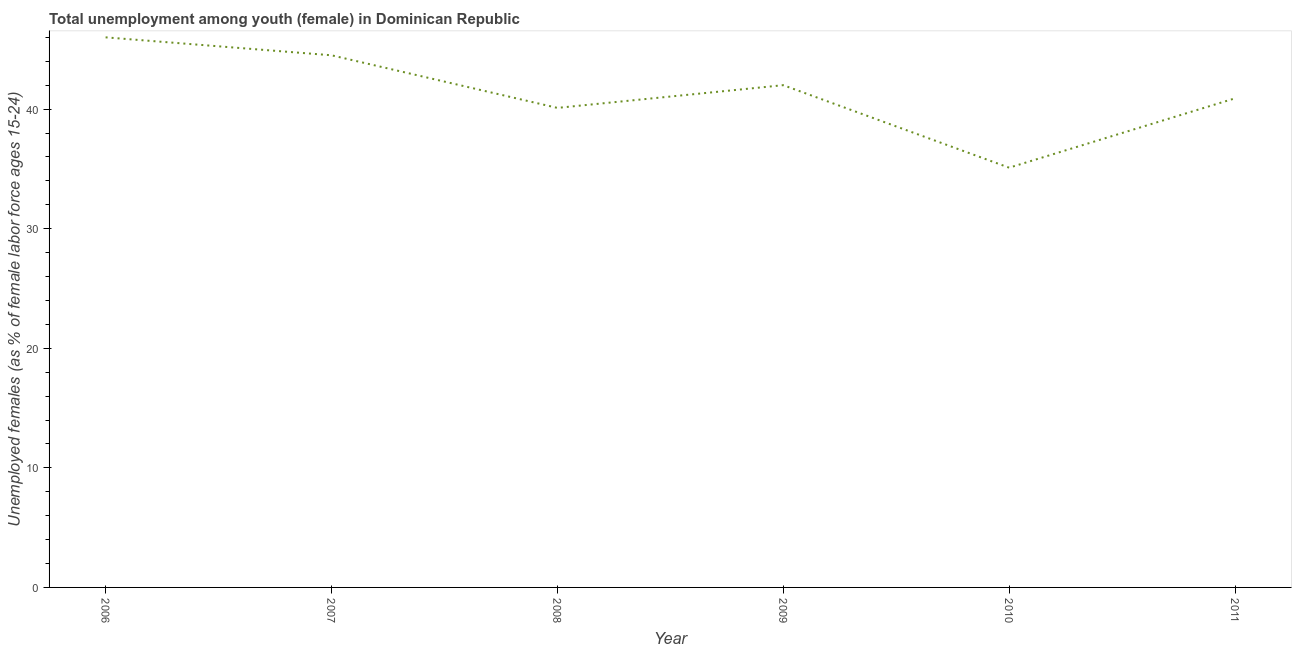
| Year | Unemployment |
 | --- | --- |
 | 2006 | 46 |
 | 2007 | 44.5 |
 | 2008 | 40.1 |
 | 2009 | 42 |
 | 2010 | 35.1 |
 | 2011 | 40.9 |